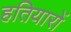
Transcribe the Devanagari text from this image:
हतियारों